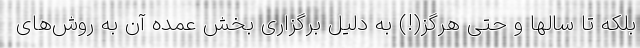
بلکه تا سالها و حتی هرگز(!) به دلیل برگزاری بخش عمده آن به روش‌های